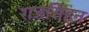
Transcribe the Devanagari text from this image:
राजसिंहन